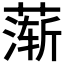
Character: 𬞋